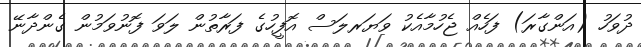
ދުވަހު (އަންގާރަ) ފަހެއް ޖެހުމާއެކު ވަޔަރލަސް އޮފީހުގެ ފަރާތުން ލަވަ ފޮނުވަމުން ގެންދާނޭ